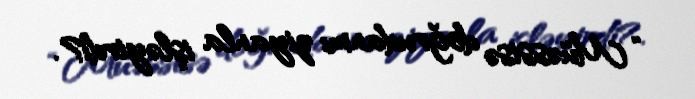
“Müəssisə doğrudanmı ziyanla işləyirdi?.